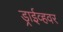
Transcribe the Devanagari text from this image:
ड्राईव्हवर